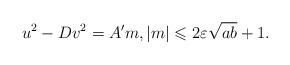
LaTeX: \begin{align*}u^2-Dv^2=A^\prime m, |m|\leqslant 2\varepsilon\sqrt{ab}+1.\end{align*}